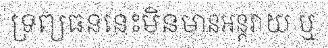
ទ្រព្យធននេះមិនមានអន្តរាយ ឬ